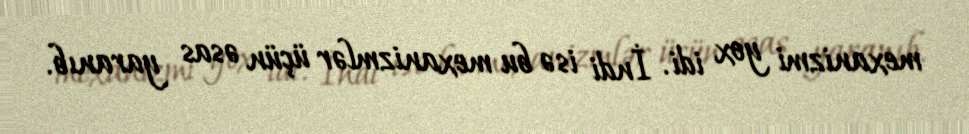
mexanizmi yox idi. İndi isə bu mexanizmlər üçün əsas yaranıb.